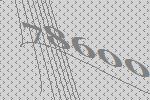
78600